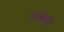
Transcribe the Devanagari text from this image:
सन्निधौ